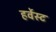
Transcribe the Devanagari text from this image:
हर्वेस्ट